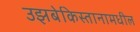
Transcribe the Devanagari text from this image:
उझबेकिस्तानामधील